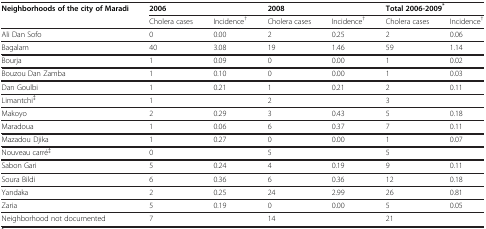
<table><thead><tr><td rowspan="2"><b>Neighborhoods of the city of Maradi</b></td><td colspan="2"><b>2006</b></td><td colspan="2"><b>2008</b></td><td colspan="2"><b>Total 2006-2009<sup>*</sup></b></td></tr></thead><tbody><tr><td> </td><td>Cholera cases</td><td>Incidence<sup>†</sup></td><td>Cholera cases</td><td>Incidence<sup>†</sup></td><td>Cholera cases</td><td>Incidence<sup>†</sup></td></tr><tr><td>Ali Dan Sofo</td><td>0</td><td>0.00</td><td>2</td><td>0.25</td><td>2</td><td>0.06</td></tr><tr><td>Bagalam</td><td>40</td><td>3.08</td><td>19</td><td>1.46</td><td>59</td><td>1.14</td></tr><tr><td>Bourja</td><td>1</td><td>0.09</td><td>0</td><td>0.00</td><td>1</td><td>0.02</td></tr><tr><td>Bouzou Dan Zamba</td><td>1</td><td>0.10</td><td>0</td><td>0.00</td><td>1</td><td>0.03</td></tr><tr><td>Dan Goulbi</td><td>1</td><td>0.21</td><td>1</td><td>0.21</td><td>2</td><td>0.11</td></tr><tr><td>Limantchi<sup>‡</sup></td><td>1</td><td> </td><td>2</td><td> </td><td>3</td><td> </td></tr><tr><td>Makoyo</td><td>2</td><td>0.29</td><td>3</td><td>0.43</td><td>5</td><td>0.18</td></tr><tr><td>Maradoua</td><td>1</td><td>0.06</td><td>6</td><td>0.37</td><td>7</td><td>0.11</td></tr><tr><td>Mazadou Djika</td><td>1</td><td>0.27</td><td>0</td><td>0.00</td><td>1</td><td>0.07</td></tr><tr><td>Nouveau carré<sup>‡</sup></td><td>0</td><td> </td><td>5</td><td> </td><td>5</td><td> </td></tr><tr><td>Sabon Gari</td><td>5</td><td>0.24</td><td>4</td><td>0.19</td><td>9</td><td>0.11</td></tr><tr><td>Soura Bildi</td><td>6</td><td>0.36</td><td>6</td><td>0.36</td><td>12</td><td>0.18</td></tr><tr><td>Yandaka</td><td>2</td><td>0.25</td><td>24</td><td>2.99</td><td>26</td><td>0.81</td></tr><tr><td>Zaria</td><td>5</td><td>0.19</td><td>0</td><td>0.00</td><td>5</td><td>0.05</td></tr><tr><td>Neighborhood not documented</td><td>7</td><td> </td><td>14</td><td> </td><td>21</td><td> </td></tr></tbody></table>